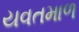
યવતમાળ